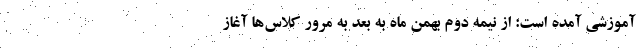
آموزشی آمده است: از نیمه دوم بهمن ماه به بعد به مرور کلاس‌ها آغاز